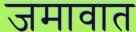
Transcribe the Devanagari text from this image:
जमावात